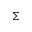
\Sigma